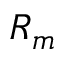
R _ { m }